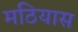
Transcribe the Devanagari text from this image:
मठियास